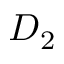
D _ { 2 }